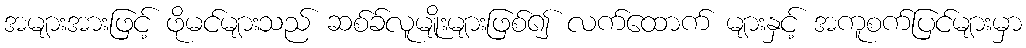
အများအားဖြင့် ဖိုမင်များသည် ဆစ်ခ်လူမျိုးများဖြစ်၍ လက်ထောက် များနှင့် အကူစက်ပြင်များမှာ